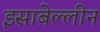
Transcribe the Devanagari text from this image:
इसाबेल्लीन